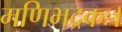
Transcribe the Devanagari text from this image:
मणिभद्रकः।